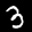
Label: 3